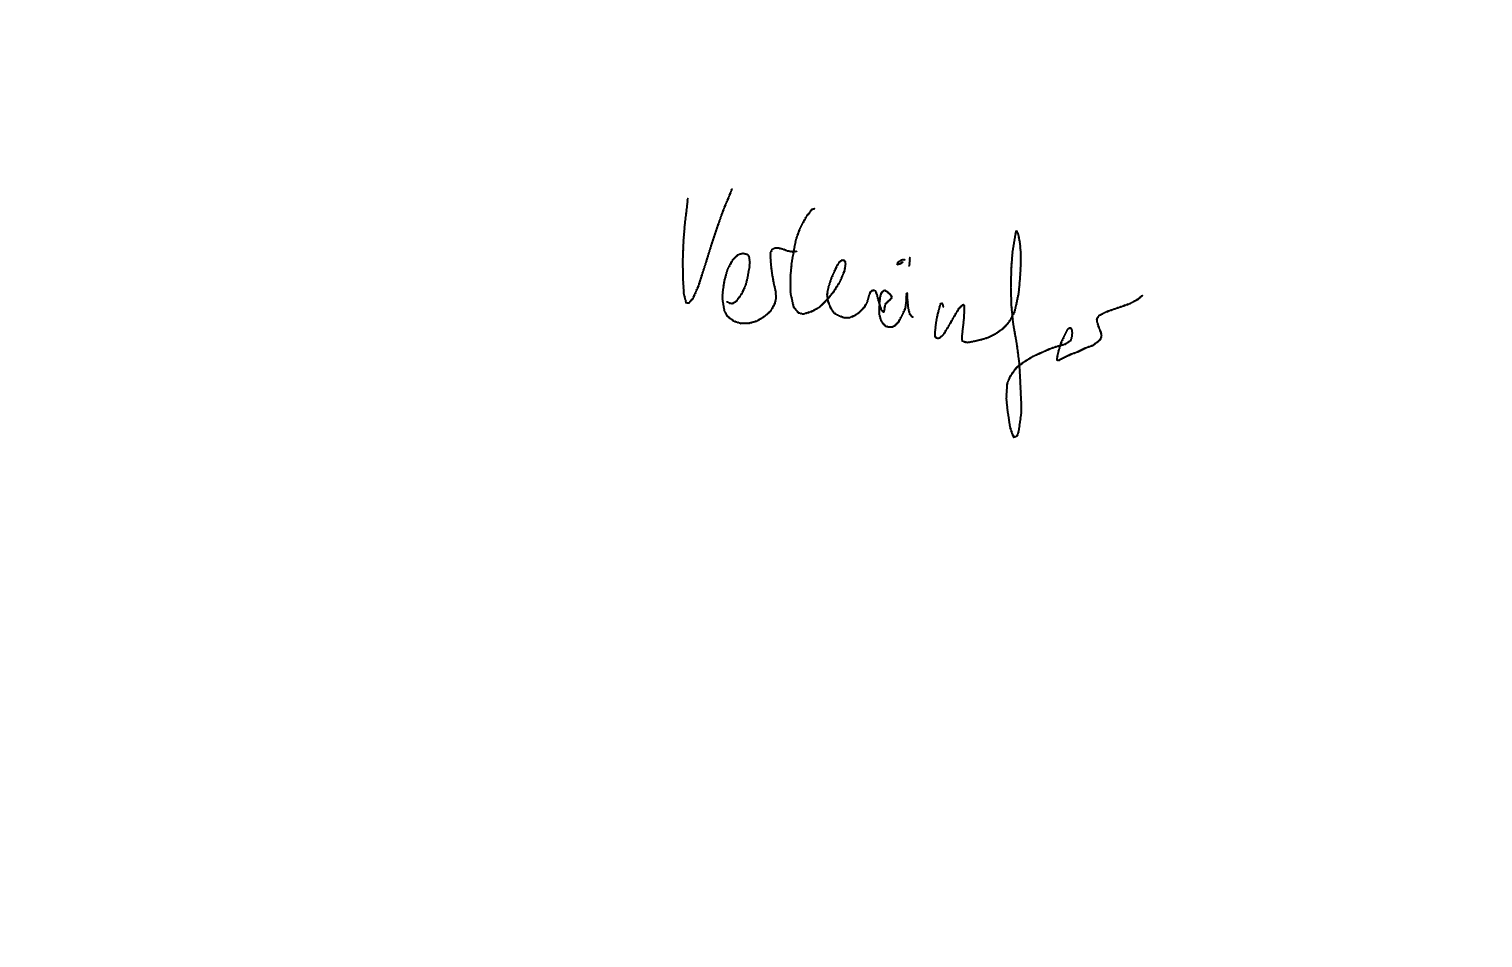
Text: Verkäufer